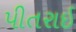
પીતરાઈ